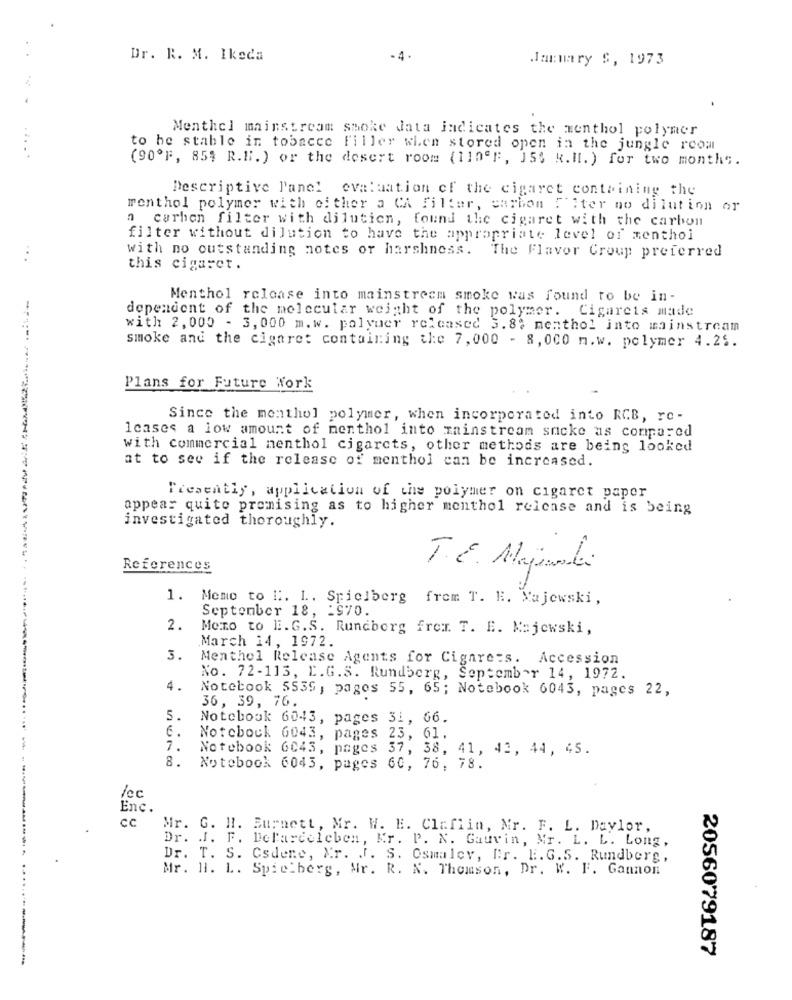
..
Dr. R. M. Ikeda
-4 .
January S, 1973
Menthel mainstream smoke Jata indicates the menthol polymer
to be stable in tobacce Filler when stored open in the jungle room
(90ºF, 854 R.H.) or the desert room (110ºF, 155 k.Il. ) for two months.
Descriptive Panel evaluation of the cigaret containing the
menthol polymer with either a CA filter, carbon ?"iter no dilution or
a carhen filter with dilution, found the cigaret with the carbon
filter without dilution to have the appropriate level of menthol
...
with no outstanding notes or harshness. The Flavor Croup preferred
this cigaret.
Menthol release into mainstream smoke was found to be in-
dependent of the molecular weight of the polymer. Cigarets made
with 2, 000 - 3, 000 m. w. polyuer released 3.8% menthol into mainstream
smoke and the cigaret containing the 7, 000 - 8, 000 m.w. polymer 4.21.
Plans for Future Work
Since the monthol polymer, when incorporated into RCB, ro-
lcases a low amount of menthol into mainstream snicke as compared
with commercial menthol cigarets, other methods are being looked
at to see if the release of menthol can be increased.
Presently, application of the polymer on cigaret paper
appear quite promising as to higher menthol release and is being
investigated thoroughly.
References
T.E. Majoranadi
1.
Memo to ". 1 .. Spielberg frem T. E. Majewski ,
September 18, 1970.
2.
Momo to E. G.S. Rundborg frem. T. E. Majewski,
March 14, 1972.
3.
Menthol Release Agents for Cigarets. Accession
No. 72-113, E.G.S. Rundberg, September 14, 1972.
4.
Notebook 5539 , pages 55, 65; Notebook 6043, pages 22,
36, 39, 76.
5.
Notebook 6043, pages 31, 66.
6.
Notebock 6043, pages 23, 61.
7.
Notebook 6043, pages 37, 38, 41, 42, 44, 45.
8.
Notebook 6043, pages 60, 76, 78.
lec
Enc.
cc
Mr. G. H. Burnett, Mr. W. E. Claflin, Mr. F. L. Daylor,
Dr. J. F. Delasceleben, Kr. P. N. Gauvin, Mr. L. L. Long,
Dr. T. S. Csdene, Mr. J. S. Osmalcy, Dr. E.G.S. Rundberg,
Mr. H. L. Spielberg, Mr. R. N. Thomson, Dr. W. F. Gannon
2056079187